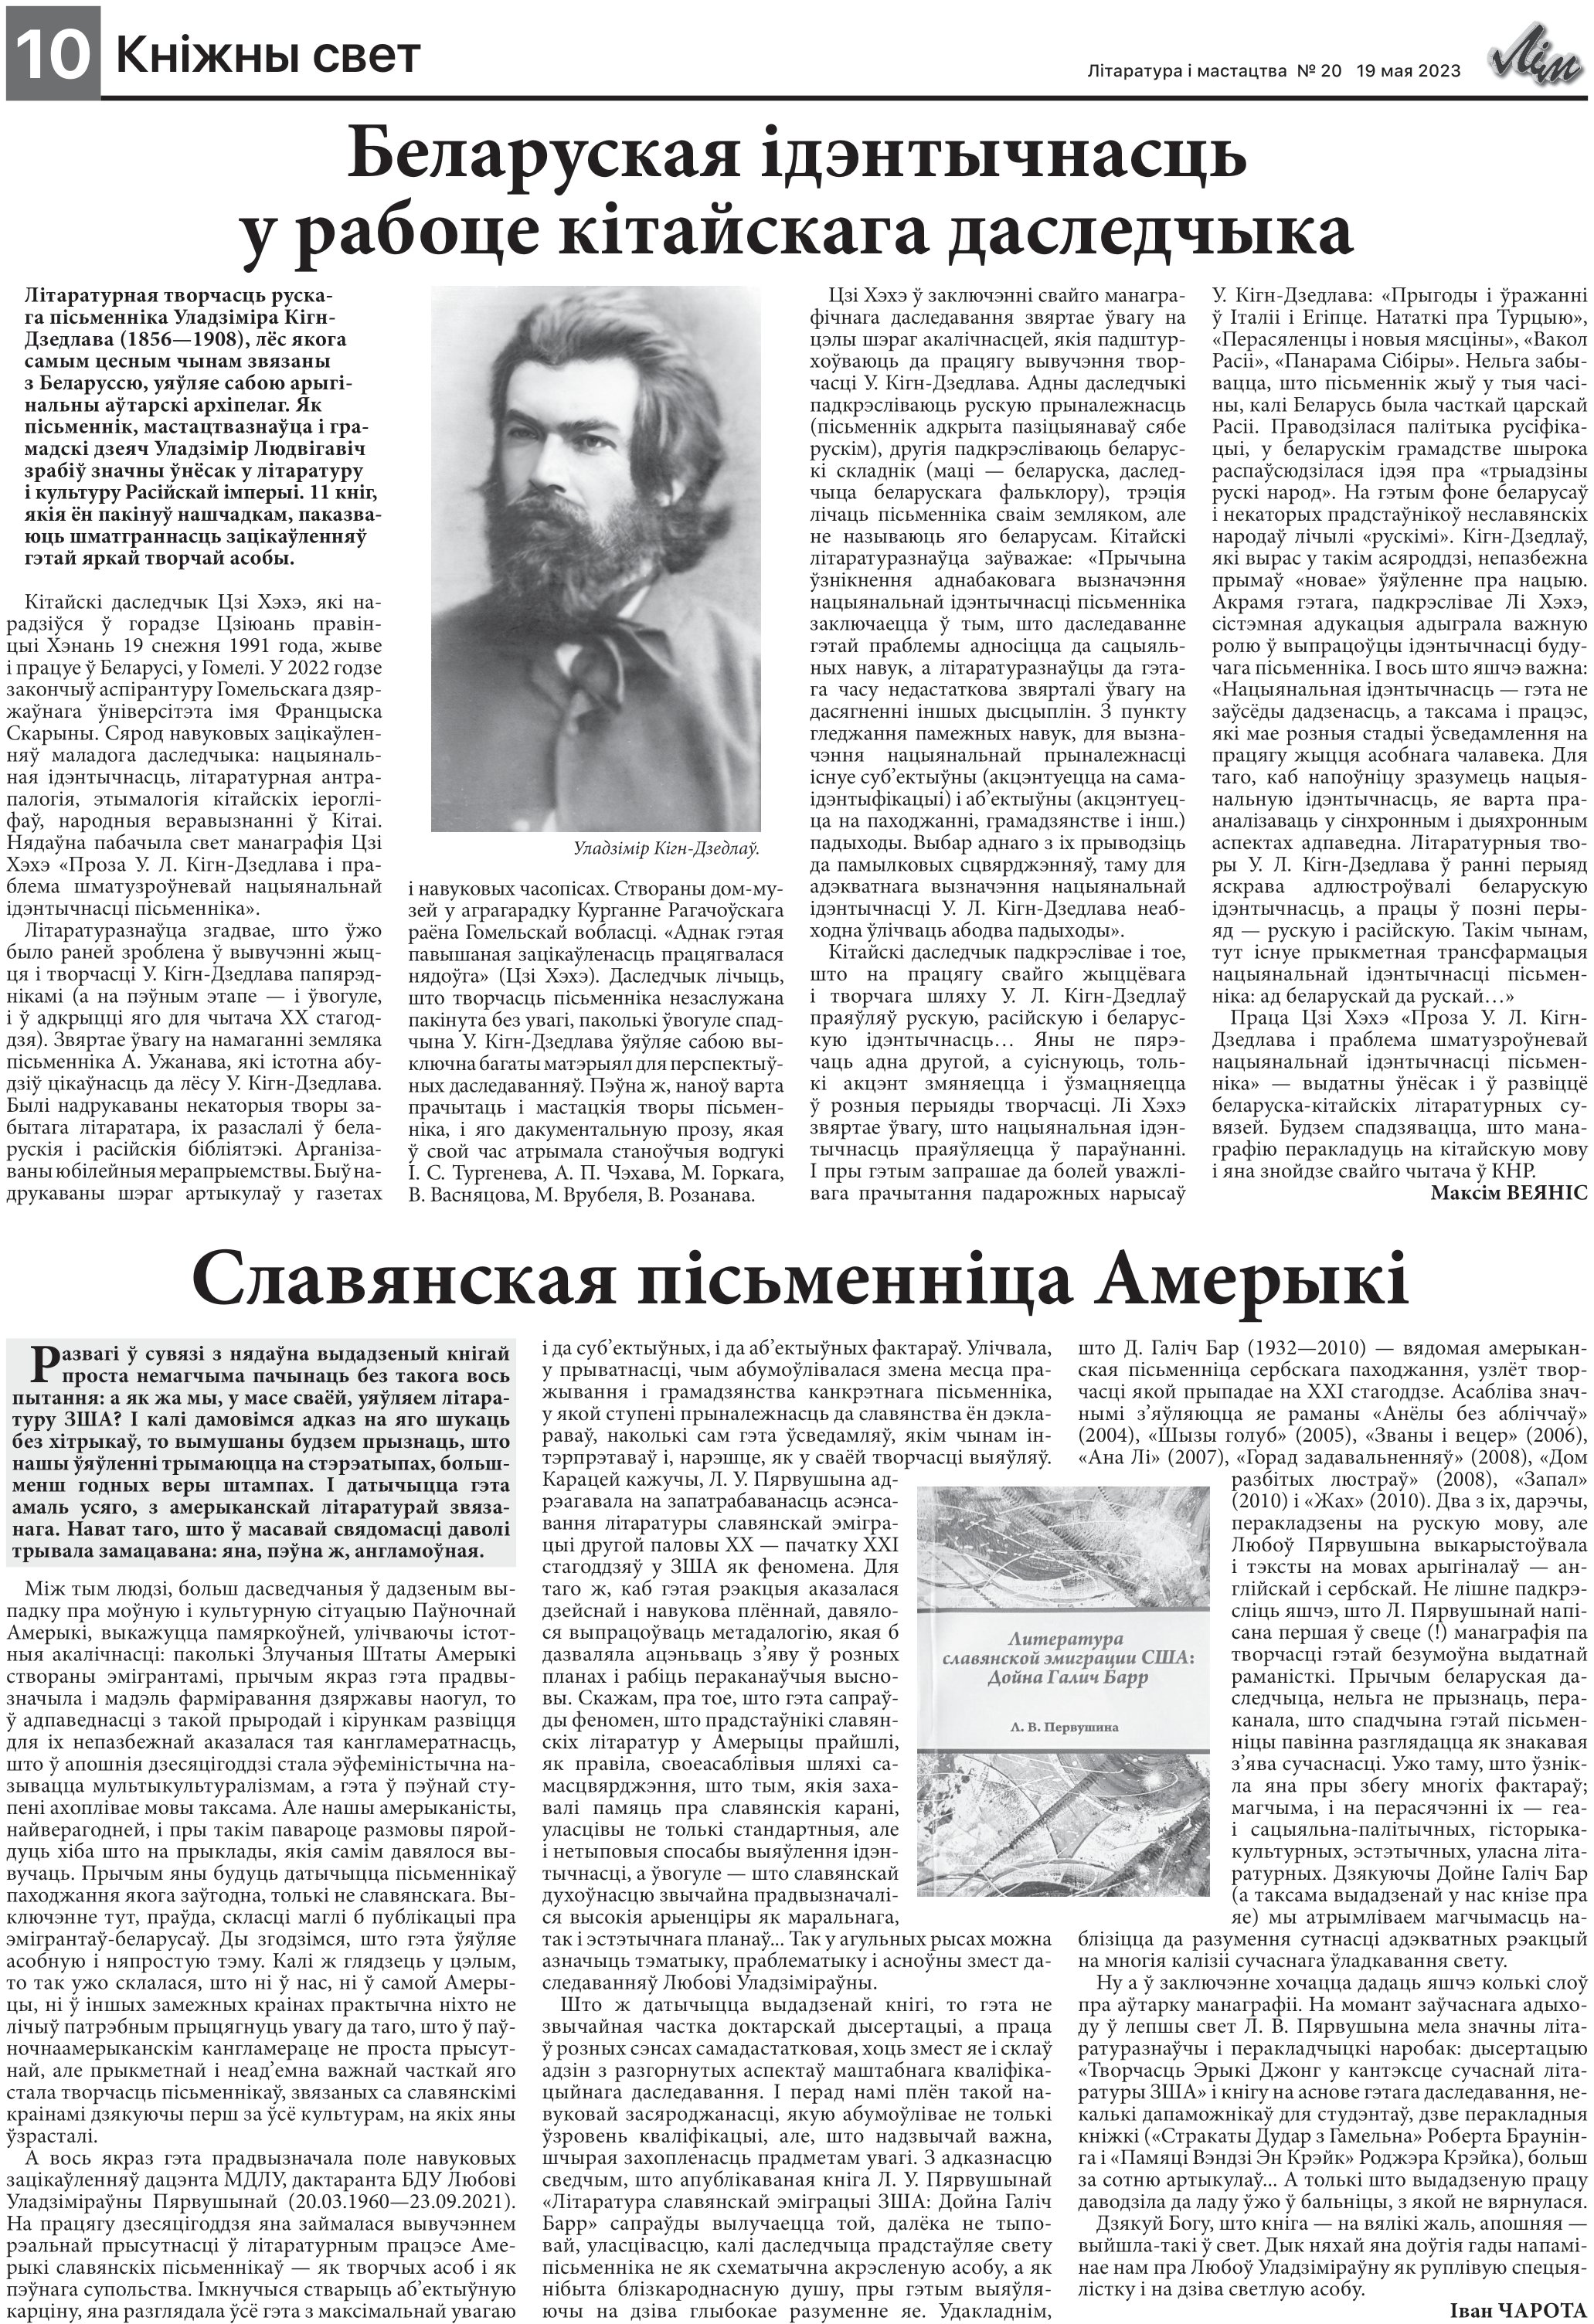
Language: be